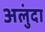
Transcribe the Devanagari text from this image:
अलुंदा